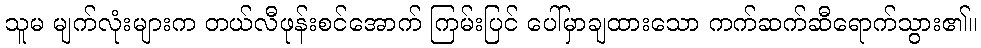
သူမ မျက်လုံးများက တယ်လီဖုန်းစင်အောက် ကြမ်းပြင် ပေါ်မှာချထားသော ကက်ဆက်ဆီရောက်သွား၏။